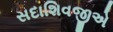
સદાશિવજીએ